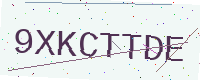
Text: 9XKCTTDE